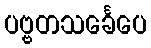
ပဗ္ဗတသင်္ခေပေ